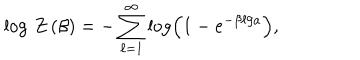
LaTeX: \log \, Z \left( \beta \right) = - \sum _ { \ell = 1 } ^ { \infty } \log \left( 1 - e ^ { - \beta \ell / a } \right) ,